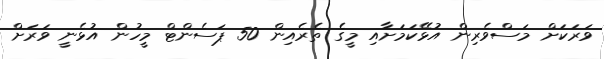
ވަރަކަށް މަސްވެރިން އުޅޭކަމަށާއި މީގެ ތެރެއިން 50 ޕަސެންޓް މީހުން އުޅެނީ ވަރަށް